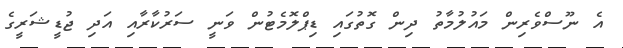
އެ ނޫސްވެރިން މައުލުމާތު ދިން ގޮތުގައި ޑިޕްލޮމެޓުން ވަނީ ސަރުކާރާއި އަދި ޖުޑީޝަރީގެ